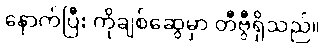
နောက်ပြီး ကိုချစ်ဆွေမှာ တီဗွီရှိသည်။